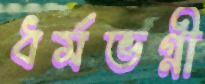
ধর্মভগ্নী